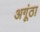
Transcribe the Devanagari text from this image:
अगूंठा